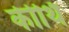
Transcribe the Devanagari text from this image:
कीर्थि